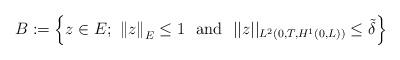
LaTeX: \begin{align*}B:=\left\{ z\in E; \ \left\Vert z\right\Vert _{E} \le 1 \ \textrm { and } \ ||z||_{L^2(0,T,H^1(0,L))} \le \tilde \delta \right\} \end{align*}